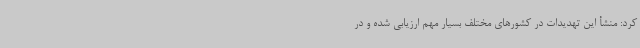
کرد: منشأ این تهدیدات در کشورهای مختلف بسیار مهم ارزیابی شده و در